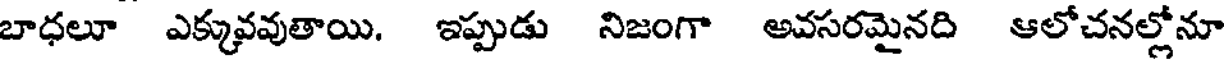
బాధలూ ఎక్కువవుతాయి. ఇప్పుడు నిజంగా అవసరమైనది ఆలోచనల్లోనూ